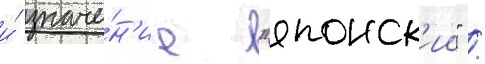
и́ значе́н'ие "японск'ии" /